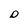
Character: D